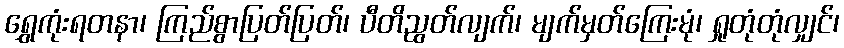
ရွှေကုံးရတနာ၊ ကြည်စွာပြတ်ပြတ်၊ ပီတိညွတ်လျက်၊ မျက်မှတ်ကြေးမုံ၊ ရှုတုံတုံလျှင်၊